DOW-UAP-D32, Mission Report, Syria, October 2024
Agency: Department of War
Incident date: 10/20/24
Incident location: Syria
Page 4
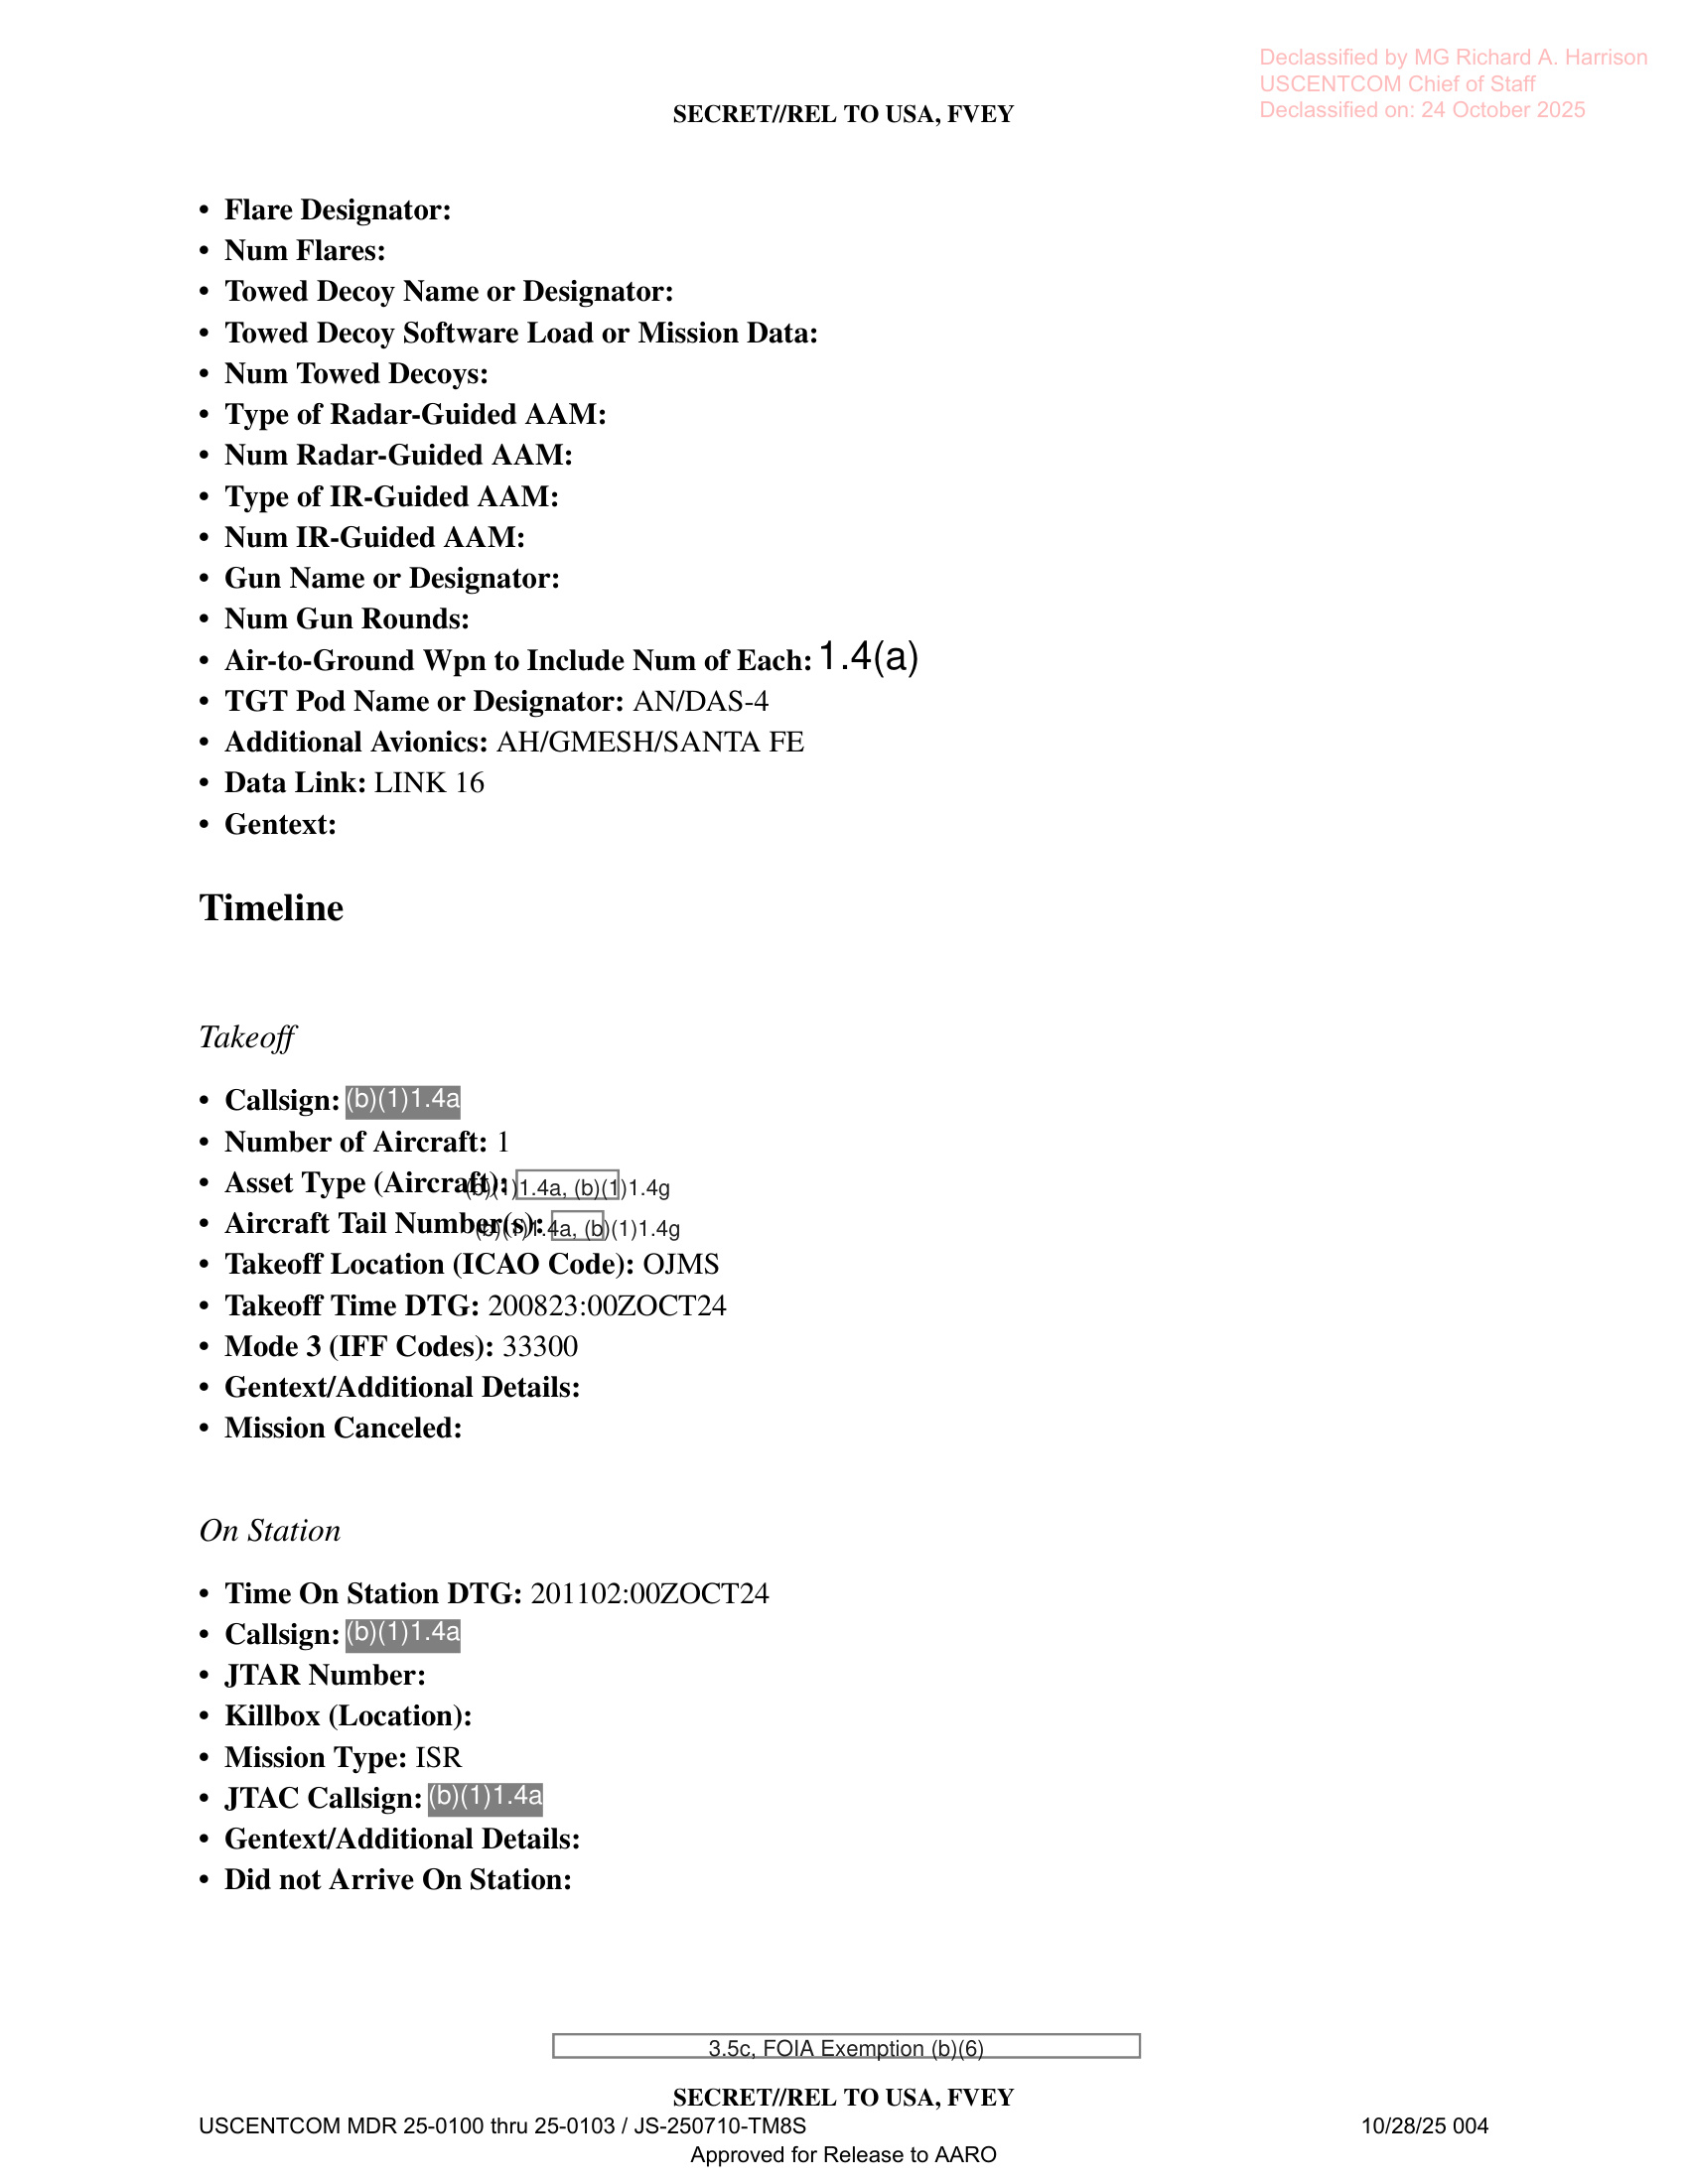